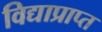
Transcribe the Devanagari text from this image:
विद्याप्राप्त